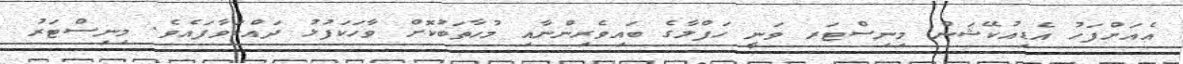
އެއަށްފަހު އެޑިއުކޭޝަން މިނިސްޓަރ ވަނީ ހަފްލާގެ ބައިވެރިންނާއި މުހާތަބުކޮށް ވާހަކަފުޅު ދައްކަވާފައެވެ. މިނިސްޓަރު